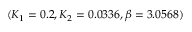
( K _ { 1 } = 0 . 2 , K _ { 2 } = 0 . 0 3 3 6 , \beta = 3 . 0 5 6 8 )